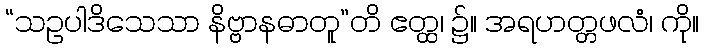
“သဥပါဒိသေသာ နိဗ္ဗာနဓာတူ”တိ ဧတ္ထ၊ ၌။ အရဟတ္တဖလံ၊ ကို။